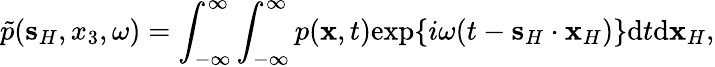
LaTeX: \tilde{p}({\mathbf s}_{H},x_{3},\omega)=\int_{-\infty}^{\infty}\int_{-\infty}^{\infty}p({\mathbf x},t)\mathrm{exp}\{ i\omega(t-{\mathbf s}_{H}\cdot{\mathbf x}_{H})\} \mathrm{d}t\mathrm{d}{\mathbf x}_{H},